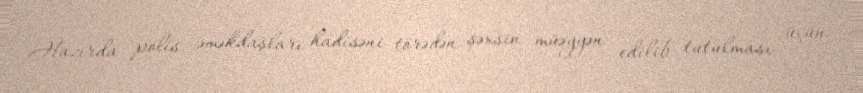
Hazırda polis əməkdaşları hadisəni törədən şəxsin müəyyən edilib tutulması üçün